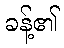
ခန့်၏